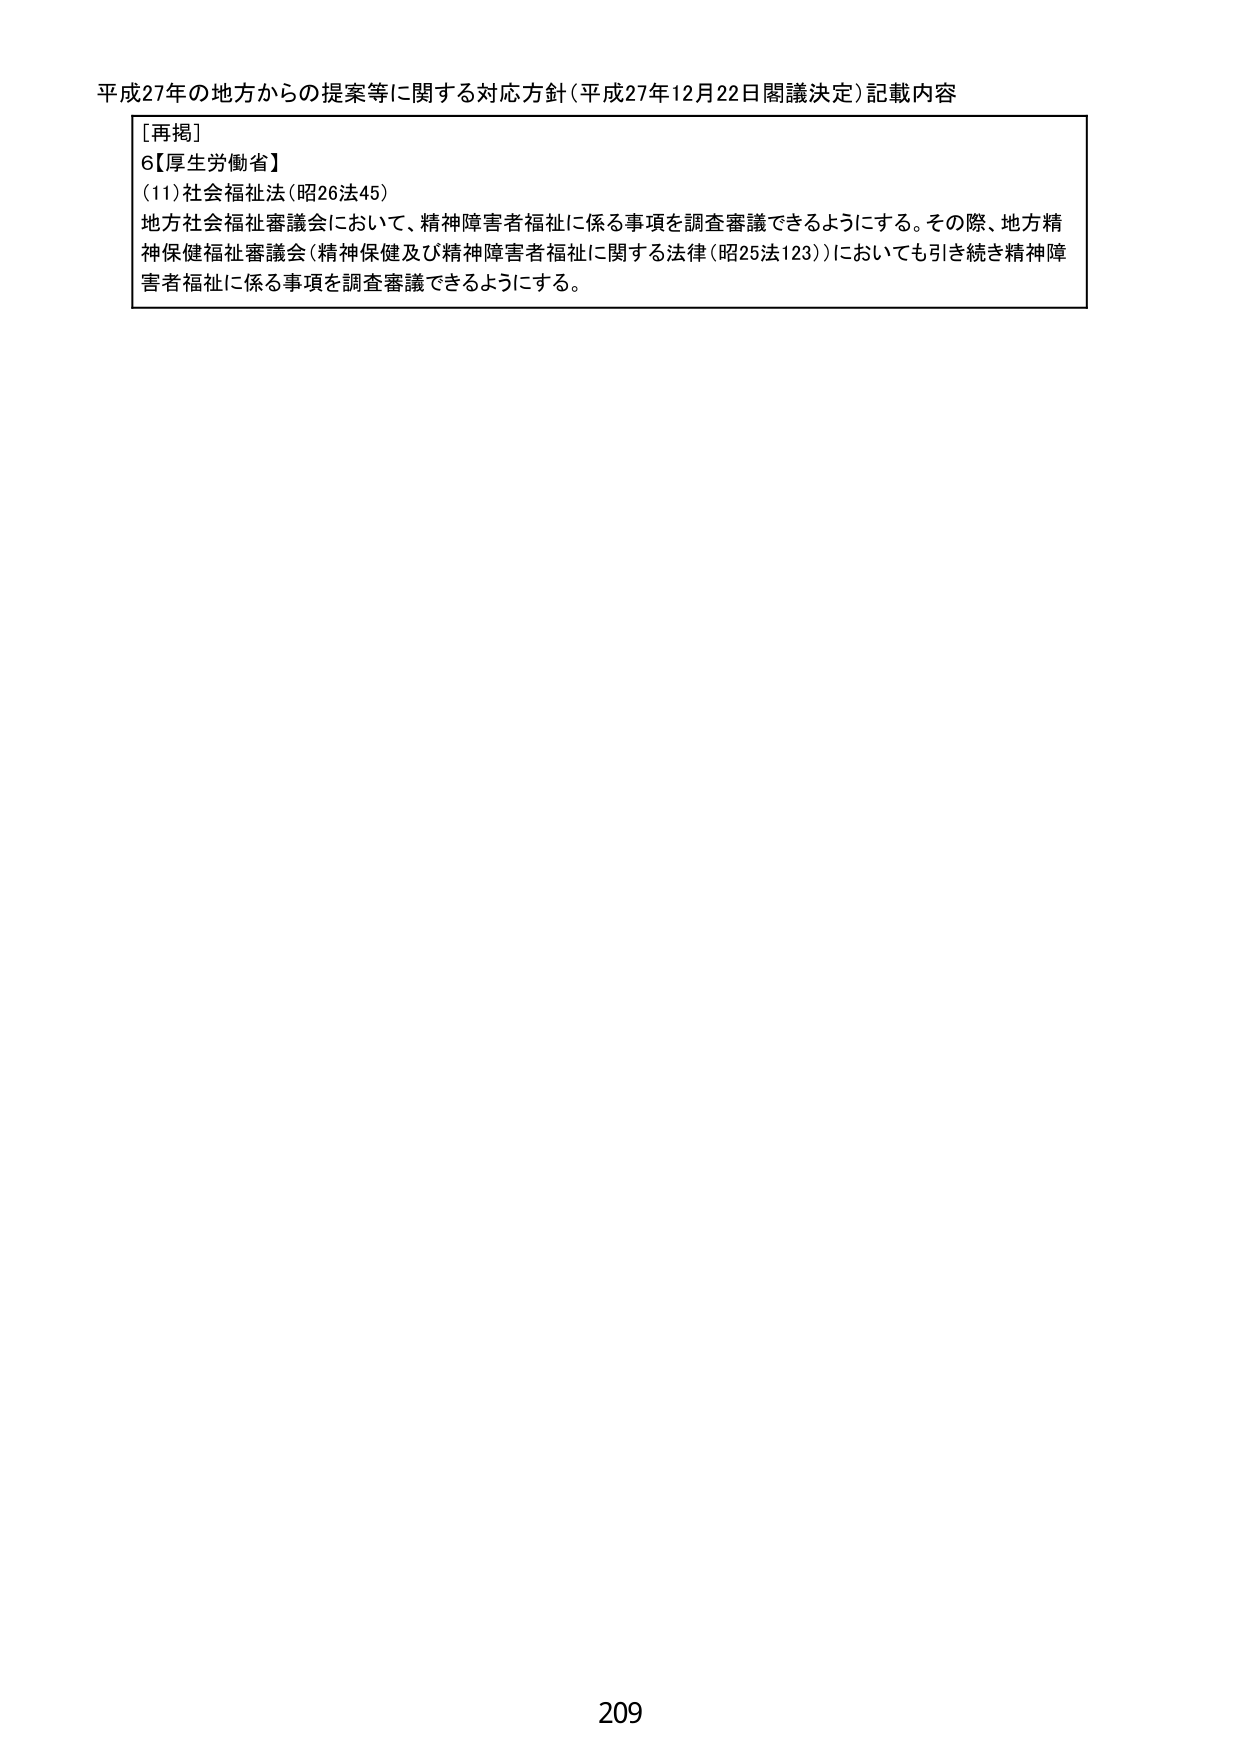
平成27年の地方からの提案等に関する対応方針（平成27年12月22日閣議決定）記載内容

［再掲］
6【厚生労働省】
(11)社会福祉法（昭26法45）
地方社会福祉審議会において、精神障害者福祉に係る事項を調査審議できるようにする。その際、地方精神保健福祉審議会（精神保健及び精神障害者福祉に関する法律（昭25法123））においても引き続き精神障害者福祉に係る事項を調査審議できるようにする。

209